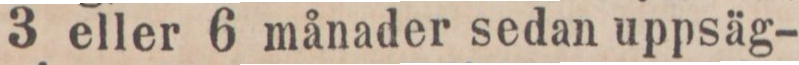
3 eller 6 månader sedan uppsäg-